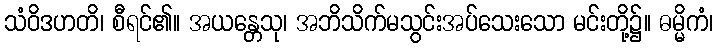
သံဝိဒဟတိ၊ စီရင်၏။ အယန္တေသု၊ အဘိသိက်မသွင်းအပ်သေးသော မင်းတို့၌။ ဓမ္မိကံ၊